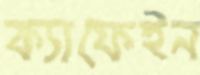
ক্যাফেইন